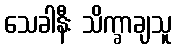
သေခါနီး သိက္ခာချသူ